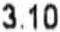
3.10